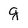
Character: g